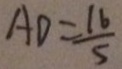
A D = \frac { 1 6 } { 5 }